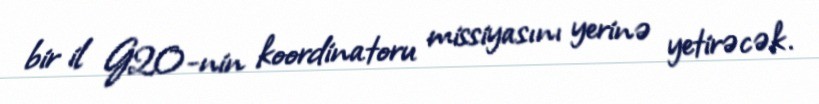
bir il G20-nin koordinatoru missiyasını yerinə yetirəcək.